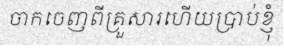
ចាកចេញពីគ្រួសារហើយប្រាប់ខ្ញុំ